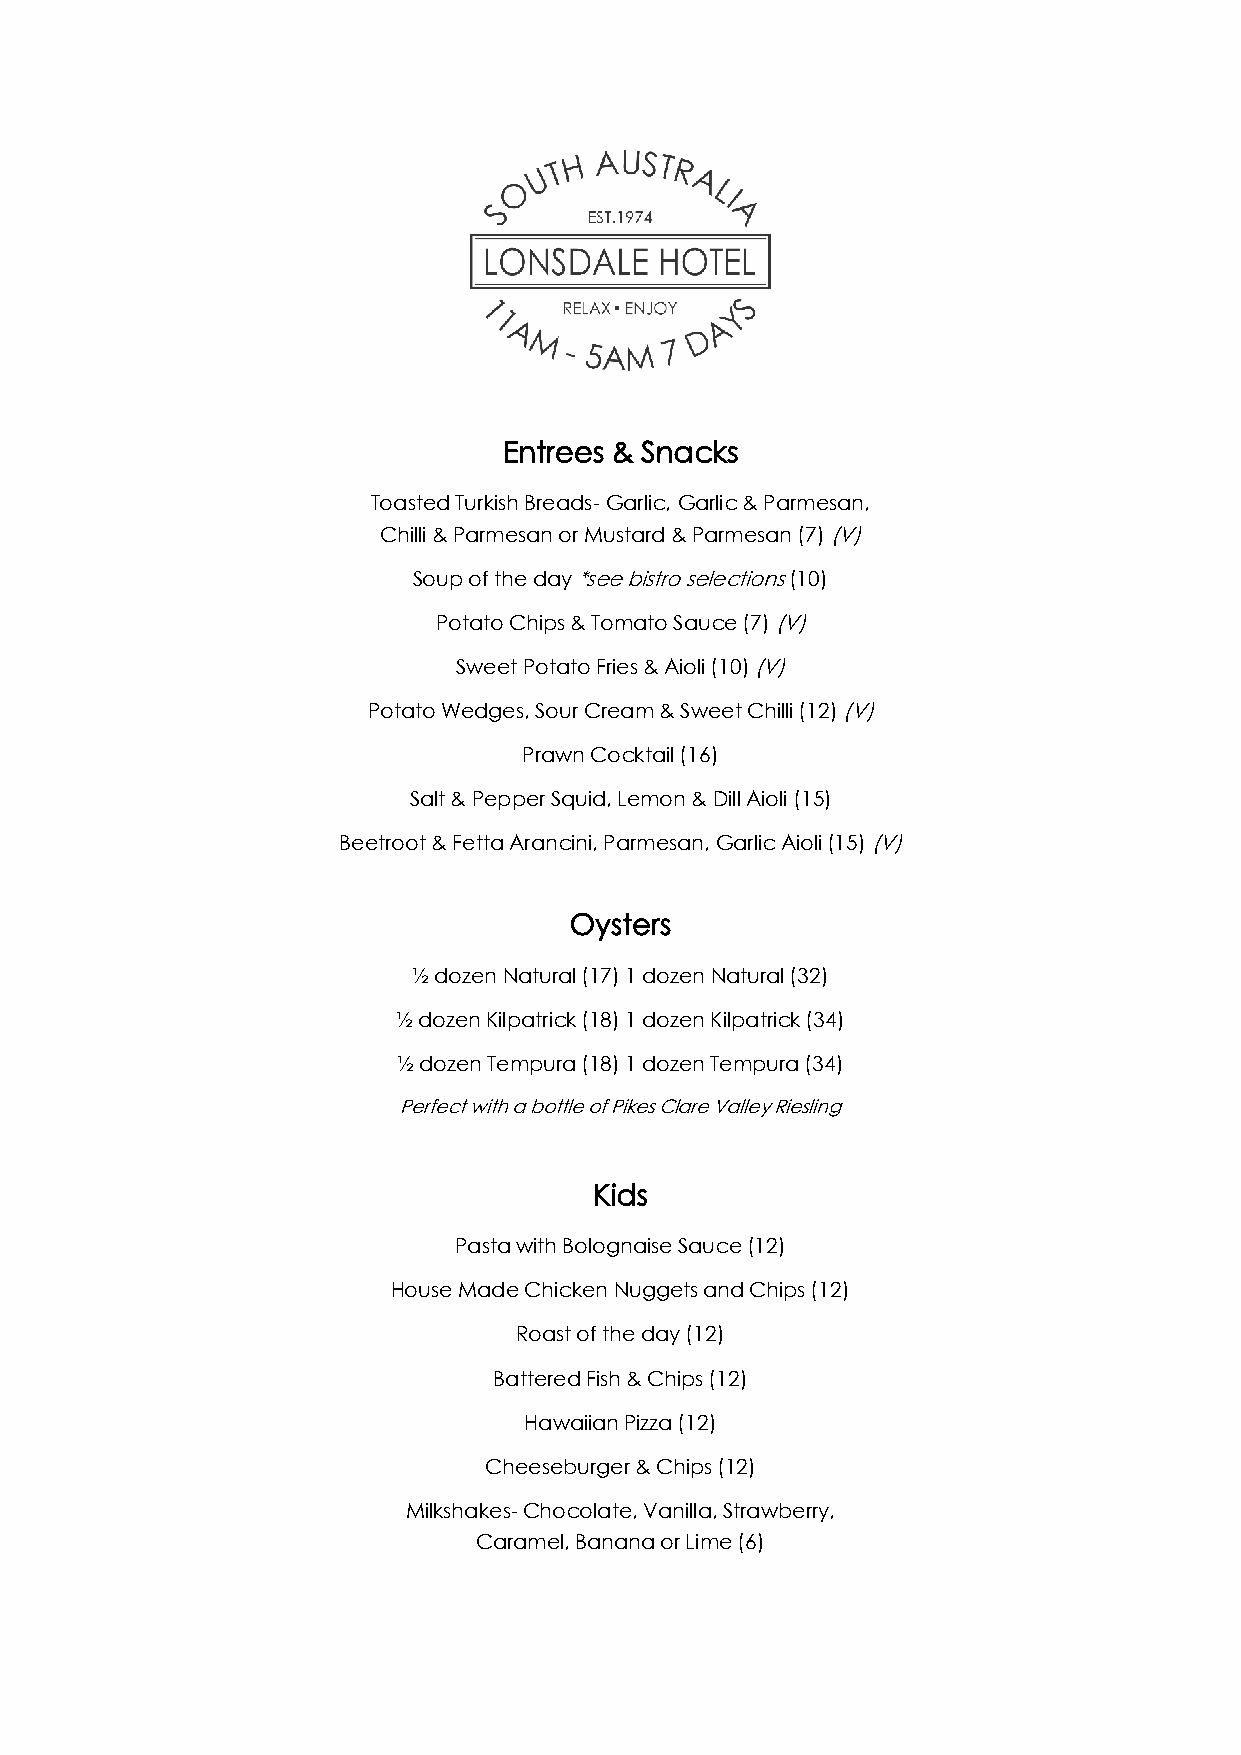
Entrees & Snacks
 Toasted Turkish Breads- Garlic, Garlic & Parmesan,
 Chilli & Parmesan or Mustard & Parmesan (7) (V)
 Soup of the day *see bistro selections (10)
 Potato Chips & Tomato Sauce (7) (V)
 Sweet Potato Fries & Aioli (10) (V)
 Potato Wedges, Sour Cream & Sweet Chilli (12) (V)
 Prawn Cocktail (16)
 Salt & Pepper Squid, Lemon & Dill Aioli (15)
 Beetroot & Fetta Arancini, Parmesan, Garlic Aioli (15) (V)
 Oysters
 ½ dozen Natural (17) 1 dozen Natural (32)
 ½ dozen Kilpatrick (18) 1 dozen Kilpatrick (34)
 ½ dozen Tempura (18) 1 dozen Tempura (34)
 Perfect with a bottle of Pikes Clare Valley Riesling
 Kids
 Pasta with Bolognaise Sauce (12)
 House Made Chicken Nuggets and Chips (12)
 Roast of the day (12)
 Battered Fish & Chips (12)
 Hawaiian Pizza (12)
 Cheeseburger & Chips (12)
 Milkshakes- Chocolate, Vanilla, Strawberry,
 Caramel, Banana or Lime (6)